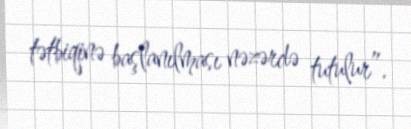
tətbiqinə başlanılması nəzərdə tutulur”.